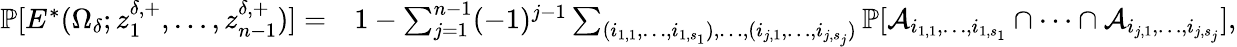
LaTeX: \begin{array}{rl}{\mathbb{P}[E^{*}(\Omega_{\delta};z_{1}^{\delta,+},\ldots,z_{n-1}^{\delta,+})]=}&{1-\sum_{j=1}^{n-1}(-1)^{j-1}\sum_{(i_{1,1},\ldots,i_{1,s_{1}}),\ldots,(i_{j,1},\ldots,i_{j,s_{j}})}\mathbb{P}[\mathcal{A}_{i_{1,1},\ldots,i_{1,s_{1}}}\cap\cdots\cap\mathcal{A}_{i_{j,1},\ldots,i_{j,s_{j}}}],}\end{array}